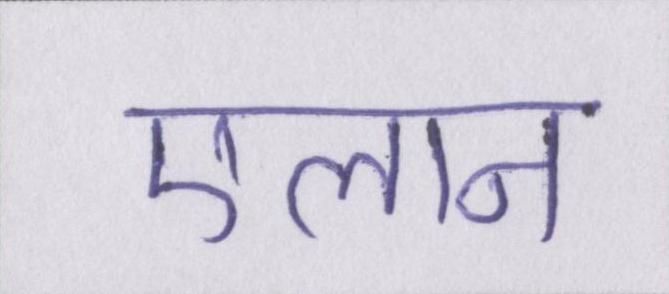
एलान